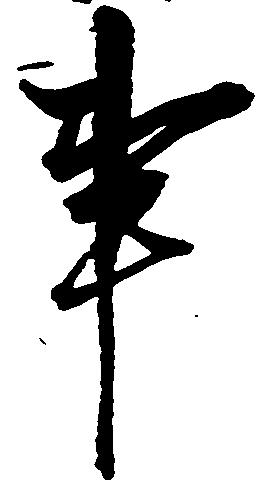
事